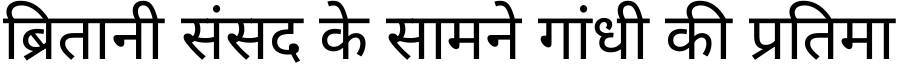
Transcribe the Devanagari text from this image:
ब्रितानी संसद के सामने गांधी की प्रतिमा